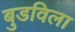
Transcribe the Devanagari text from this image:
बुडविला